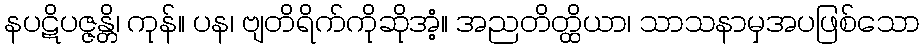
နပဋိပဇ္ဇန္တိ၊ ကုန်။ ပန၊ ဗျတိရိက်ကိုဆိုအံ့။ အညတိတ္ထိယာ၊ သာသနာမှအပဖြစ်သော